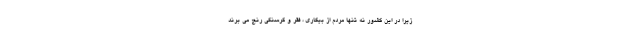
زیرا در این کشور نه تنها مردم از بیکاری ، فقر و گرسنگی رنج می برند